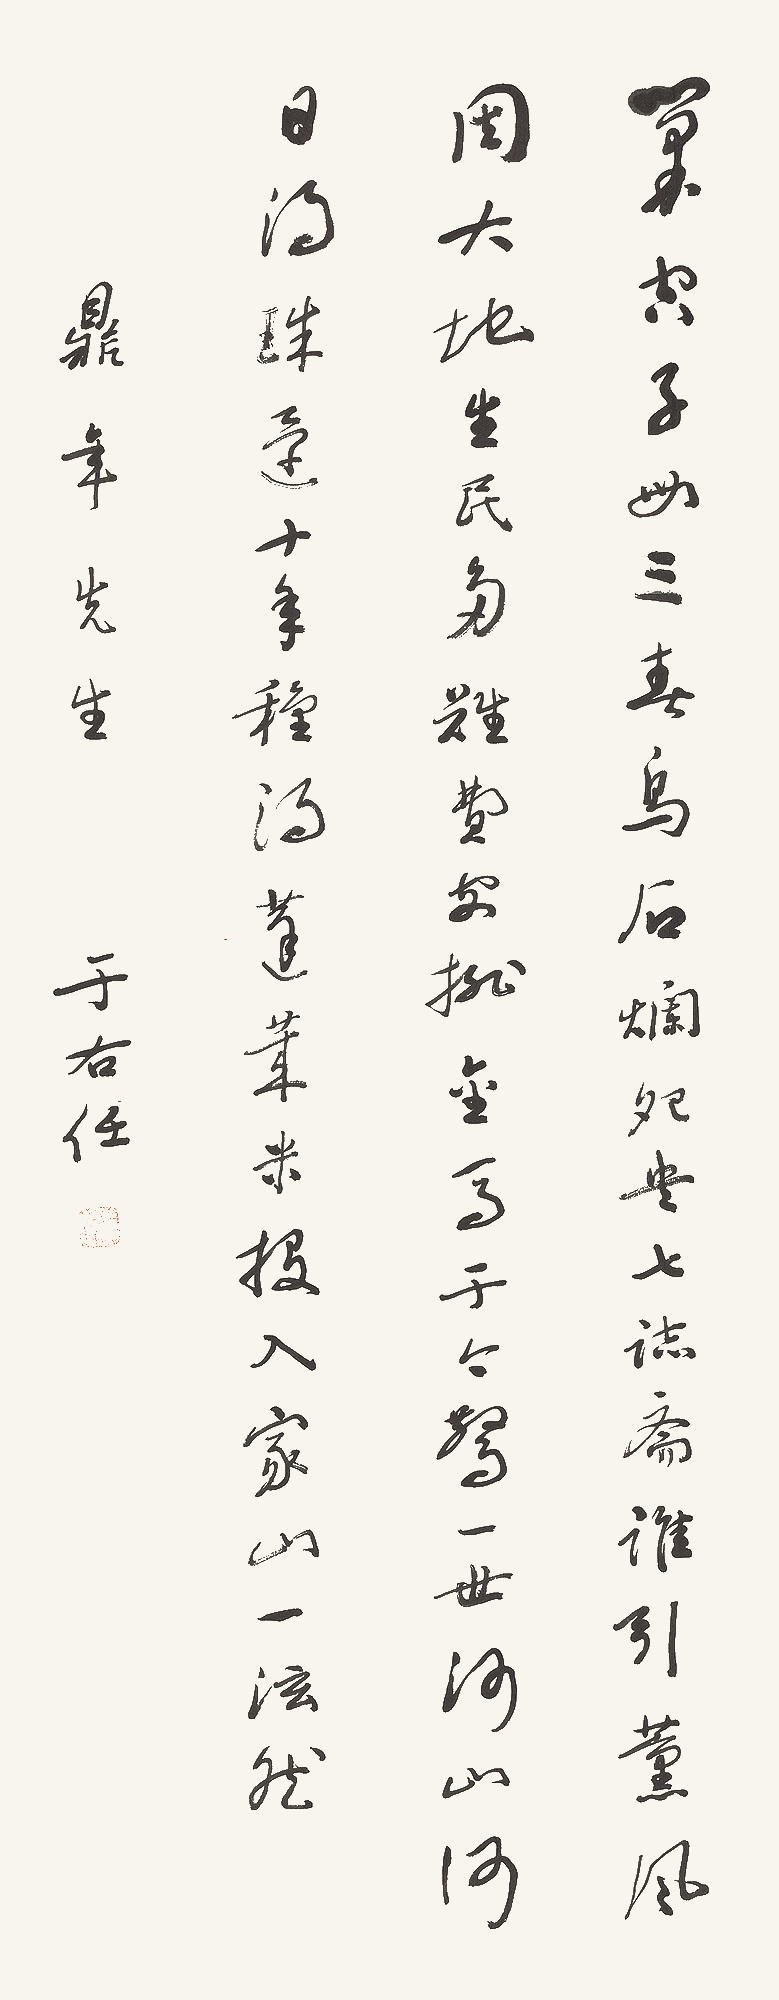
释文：巢空子母三春鸟，石烂鸳鸯七志斋。谁引熏风周大地，生民多难费安排。金马于今惊一世，河山何日得珠还。十年种得蓬莱米，投入家山一泫然。鼎年先生。于右任。